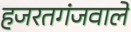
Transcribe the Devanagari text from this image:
हजरतगंजवाले